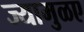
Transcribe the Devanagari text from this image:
ज्यामुळए